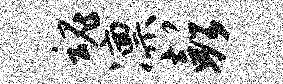
魂凛彭